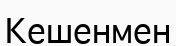
Кешенмен